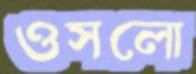
ওসলো